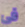
في